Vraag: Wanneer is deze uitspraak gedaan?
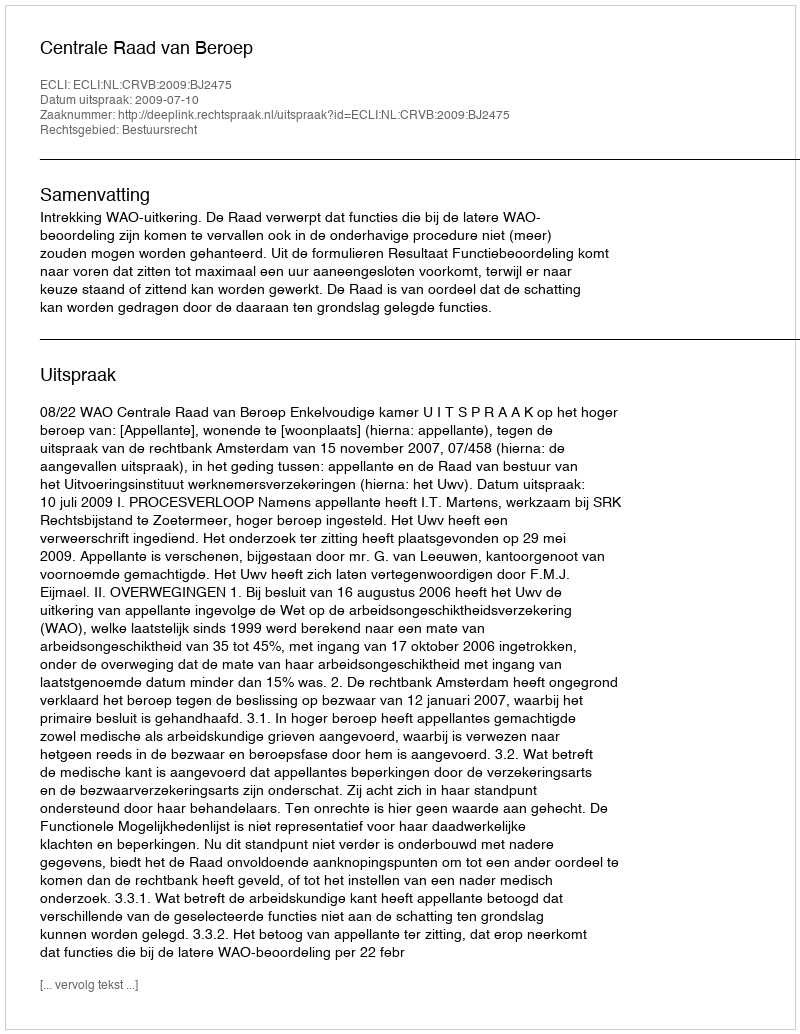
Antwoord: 2009-07-10